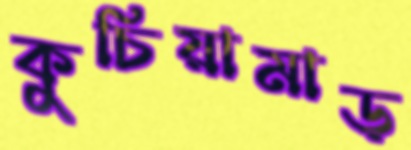
কুচিয়ামাড়